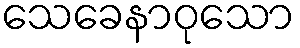
သေခေနာဝုသော